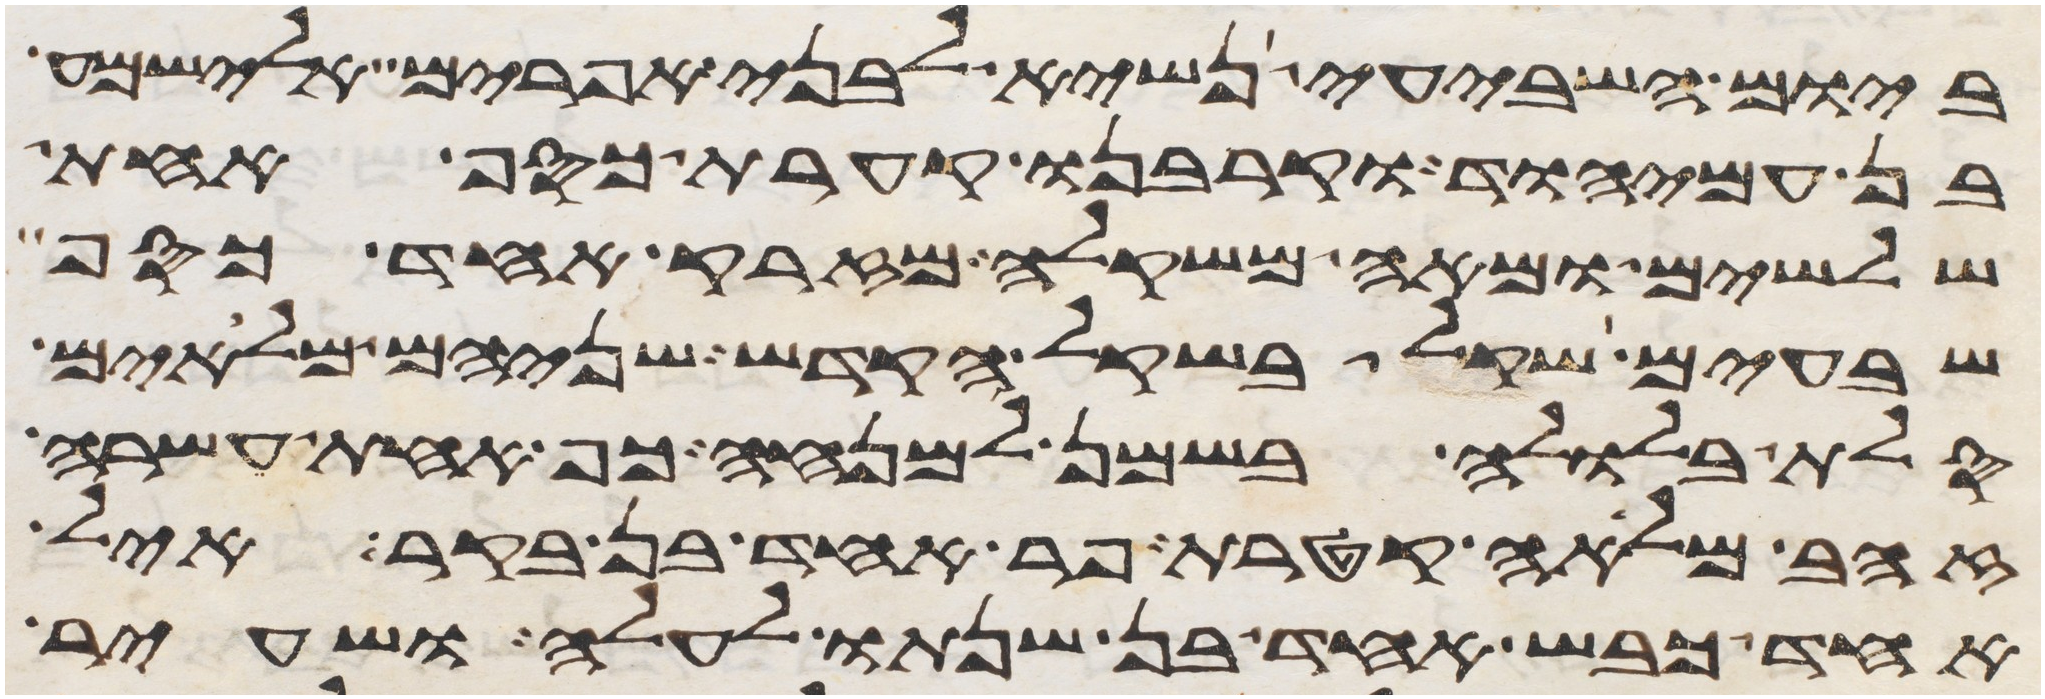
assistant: ביום השביעי נשיא לבני אפרים אלישמע
בן עמיהוד וקרבנו קערת כסף אחת
שלשים ומאה משקלה מזרק אחד כסף
שבעים שקל בשקל הקדש שניהם מלאים
סלת בלולה בשמן למנחה כף אחת עשרה
זהב מלאה קטרת פר אחד בן בקר איל
אחד כבש אחד בן שנתו לעלה ושעיר